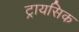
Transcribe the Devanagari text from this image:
ट्रायसिक